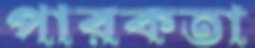
পারকতা